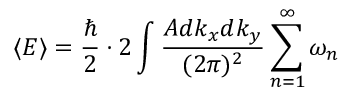
\langle E \rangle = { \frac { \hbar } { 2 } } \cdot 2 \int { \frac { A d k _ { x } d k _ { y } } { ( 2 \pi ) ^ { 2 } } } \sum _ { n = 1 } ^ { \infty } \omega _ { n }